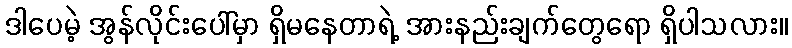
ဒါပေမဲ့ အွန်လိုင်းပေါ်မှာ ရှိမနေတာရဲ့ အားနည်းချက်တွေရော ရှိပါသလား။